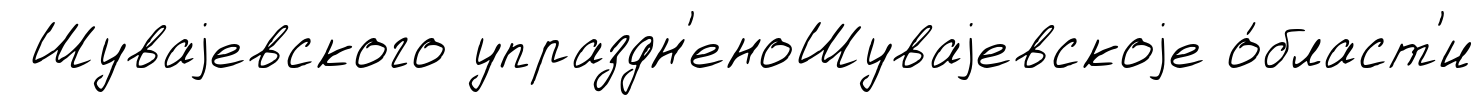
Шуваjевского упраздн'еноШуваjевскоjе о́бласт'и